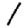
Digit: 1